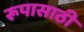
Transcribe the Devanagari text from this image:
रूपासाठी